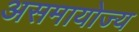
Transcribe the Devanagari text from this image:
असमायोज्य